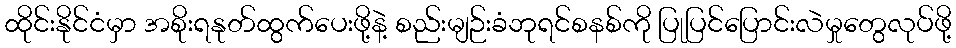
ထိုင်းနိုင်ငံမှာ အစိုးရနုတ်ထွက်ပေးဖို့နဲ့ စည်းမျဉ်းခံဘုရင်စနစ်ကို ပြုပြင်ပြောင်းလဲမှုတွေလုပ်ဖို့